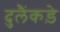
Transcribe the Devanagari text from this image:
दुलैंकड़े